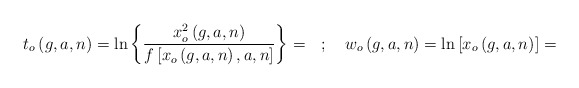
\begin{align*}t_o\left( g,a,n\right) =\ln \left\{ \frac{x_o^2\left( g,a,n\right) }{f\left[x_o\left( g,a,n\right) ,a,n\right] }\right\} =\quad ;\quad w_o\left(g,a,n\right) =\ln \left[ x_o\left( g,a,n\right) \right] = \end{align*}